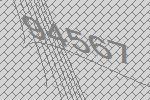
94567